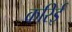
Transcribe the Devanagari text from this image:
करिई